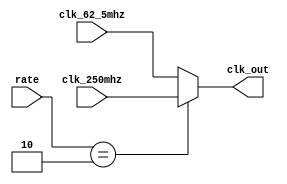

module glitch_free_clock_mux (
    input clk_62_5mhz,
    input clk_250mhz,
    input [1:0] rate,
    output reg clk_out
);
    always @(*) begin
        case (rate)
            2'b00: clk_out = clk_62_5mhz;
            2'b10: clk_out = clk_250mhz;
            default: clk_out = clk_62_5mhz; // Default to 62.5MHz
        endcase
    end
endmodule